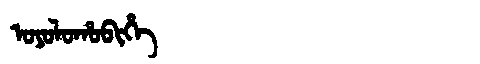
Manchu: ᠣᠶᠣᠯᠣᡥᠣᠪᡳᡥᡝ
Romanization: OYOLOHOBIHE